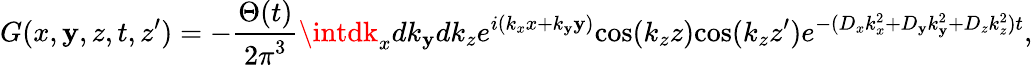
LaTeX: G(x,\mathbf{y},z,t,z^{\prime})=-\frac{{\Theta(t)}}{{{2\pi}^{3}}}\intdk_{x}dk_{\mathbf{y}}dk_{z}e^{i({k_{x}}x+{k_{\mathbf{y}}}\mathbf{y})}\mathrm{{cos}}(k_{z}z)\mathrm{{cos}}(k_{z}z{'})e^{-({D_{x}}{k_{x}^{2}}+{D_{\mathbf{y}}}{k_{\mathbf{y}}^{2}}+{D_{z}}{k_{z}^{2}})t},